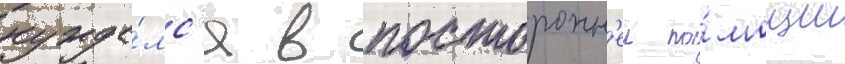
нужда́лс'я в посторонн'еи по́мощи